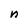
Character: n